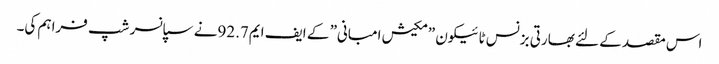
اس مقصد کے لئے بھارتی بزنس ٹائیکون ”مکیش امبانی” کے ایف ایم92.7نے سپانسر شپ فراہم کی۔